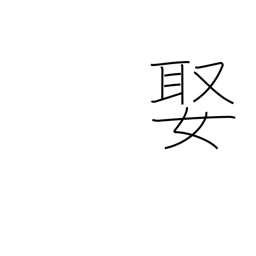
Meaning: arrange a marriage